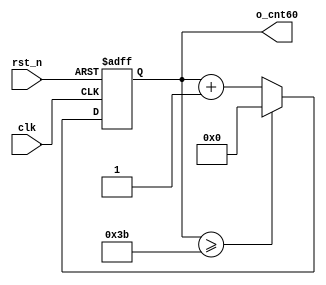
module	nco(	o_gen_clk,
				i_nco_num,
				clk,
				rst_n);

output			o_gen_clk	;	// 1Hz CLK

input	[31:0]	i_nco_num	;
input			clk			;	// 50Mhz CLK
input			rst_n		;

reg		[31:0]	cnt			;
reg				o_gen_clk	;
always @(posedge clk or negedge rst_n) begin
	if(rst_n == 1'b0) begin
		cnt		<= 32'd0;
		o_gen_clk	<= 1'd0	;
	end else begin
		if(cnt >= i_nco_num/2-1) begin
			cnt 	<= 32'd0;
			o_gen_clk	<= ~o_gen_clk;
		end else begin
			cnt <= cnt + 1'b1;
		end
	end
end

endmodule